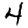
Digit: 4